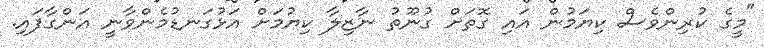
"މީގެ ކުރިންވެސް ކިޔަމުން އައި ގޮތަށް ގުނޫތު ނާޒިލާ ކިޔުމަށް އަޅުގަނޑުމެންވާނީ އަންގާފައި.